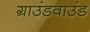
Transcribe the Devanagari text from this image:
ग्राउंडवाउंड